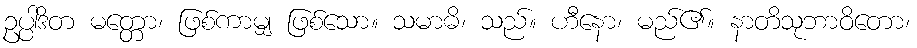
ဥပ္ပါဒိတ မတ္တော၊ ဖြစ်ကာမျှ ဖြစ်သော။ သမာဓိ၊ သည်။ ဟီနော၊ မည်၏။ နာတိသုဘာဝိတော၊